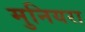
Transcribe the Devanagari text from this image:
मुनियरा